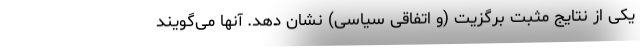
یکی از نتایج مثبت برگزیت (و اتفاقی سیاسی) نشان دهد. آنها می‌گویند